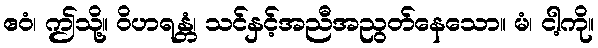
ဧဝံ၊ ဤသို့။ ဝိဟရန္တံ၊ သင်နှင့်အညီအညွတ်နေသော။ မံ၊ ငါ့ကို။